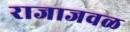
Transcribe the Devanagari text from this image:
राजाजवळ